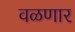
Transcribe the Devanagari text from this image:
वळणार